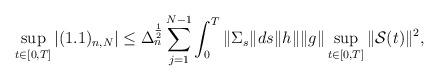
LaTeX: \begin{align*}\sup_{t\in[0,T]}|(1.1)_{n,N}| \leq \Delta_n^{\frac 12}\sum_{j=1}^{N-1} \int_0^T\|\Sigma_s\|_{}ds \|h\|\|g\|\sup_{t\in[0,T]}\|\mathcal S(t)\|_{}^2,\end{align*}